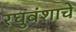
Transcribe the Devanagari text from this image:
रघुवंशाचे